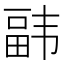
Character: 𮸰